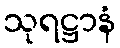
သုရဋ္ဌာနံ